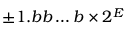
\pm 1 . b b \ldots b \times 2 ^ { E }